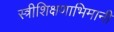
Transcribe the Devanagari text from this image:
स्त्रीशिक्षणाभिमानी